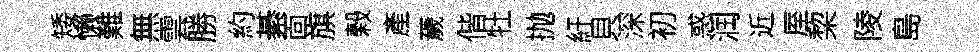
矮懒難無雲勝約綦靣旗榖產薉偕牡抛紆貝深初惑润近厔棃陵島